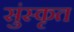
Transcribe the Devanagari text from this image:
सुंस्कृत